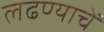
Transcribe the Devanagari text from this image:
लढण्याचें